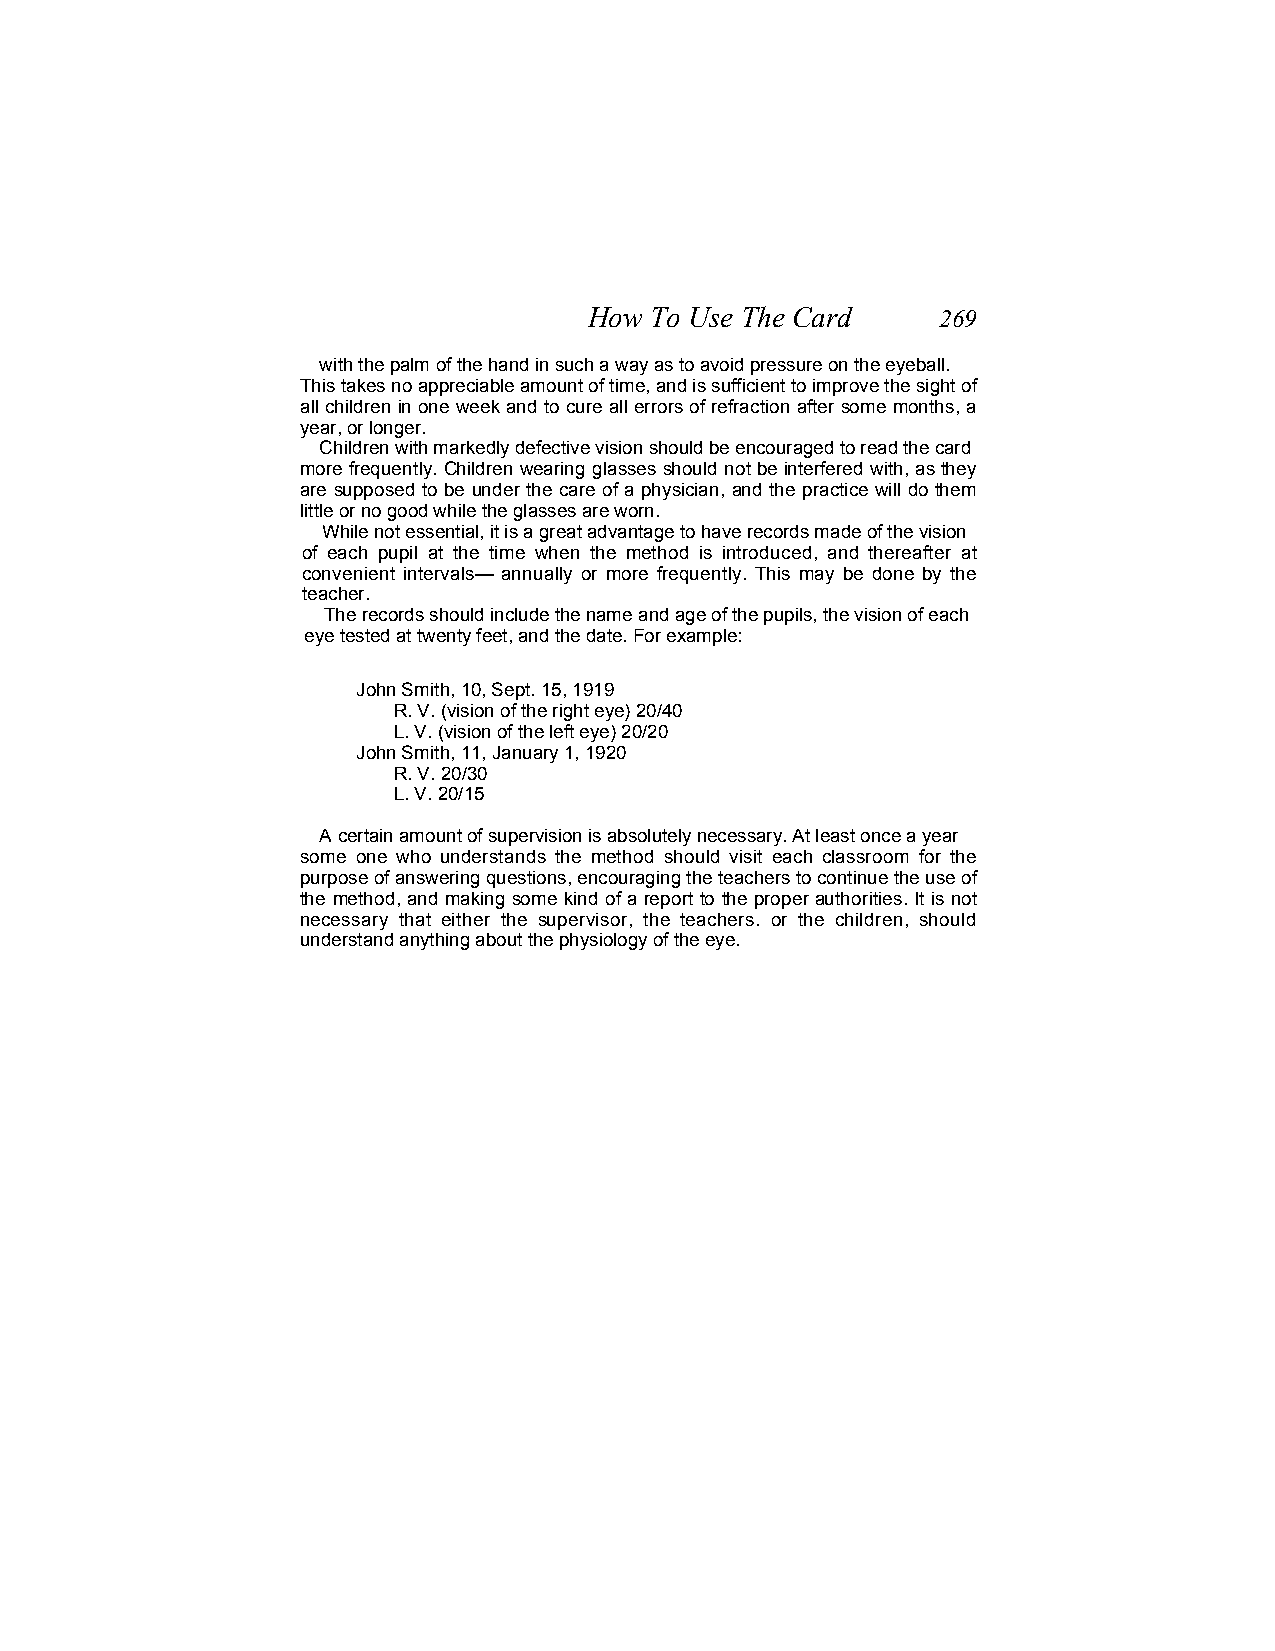
How To Use The Card    269
 with the palm of the hand in such a way as to avoid pressure on the eyeball.
 This takes no appreciable amount of time, and is sufficient to improve the sight of
 all children in one week and to cure all errors of refraction after some months, a
 year, or longer.
 Children with markedly defective vision should be encouraged to read the card
 more frequently. Children wearing glasses should not be interfered with, as they
 are supposed to be under the care of a physician, and the practice will do them
 little or no good while the glasses are worn.
 While not essential, it is a great advantage to have records made of the vision
 of each pupil at the time when the method is introduced, and thereafter at
 convenient intervals— annually or more frequently. This may be done by the
 teacher.
 The records should include the name and age of the pupils, the vision of each
 eye tested at twenty feet, and the date. For example:
 John Smith, 10, Sept. 15, 1919
 R. V. (vision of the right eye) 20/40
 L. V. (vision of the left eye) 20/20
 John Smith, 11, January 1, 1920
 R. V. 20/30
 L. V. 20/15
 A certain amount of supervision is absolutely necessary. At least once a year
 some one who understands the method should visit each classroom for the
 purpose of answering questions, encouraging the teachers to continue the use of
 the method, and making some kind of a report to the proper authorities. It is not
 necessary that either the supervisor, the teachers. or the children, should
 understand anything about the physiology of the eye.